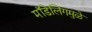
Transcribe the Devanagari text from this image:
मॉडेलिंगमुळे